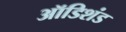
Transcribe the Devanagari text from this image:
ऑडिशंड